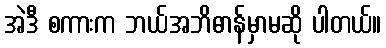
အဲဒီ စကားက ဘယ်အဘိဓာန်မှာမဆို ပါတယ်။